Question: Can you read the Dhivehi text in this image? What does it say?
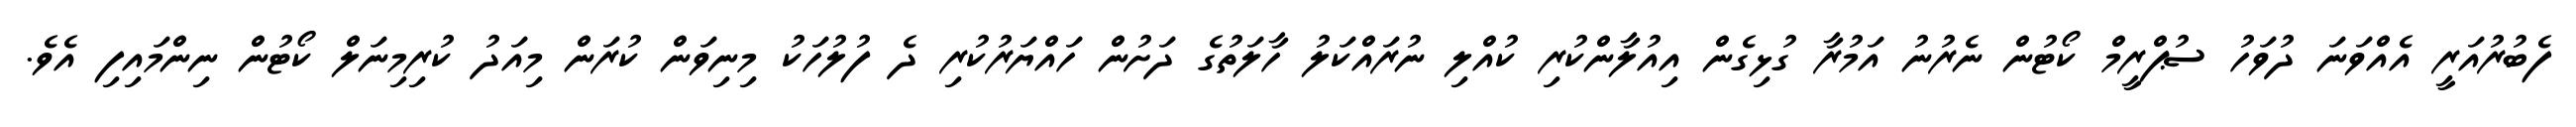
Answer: ފެބުރުއަރީ އެއްވަނަ ދުވަހު ސުޕްރީމް ކޯޓުން ނެރުނު އަމުރާ ގުޅިގެން އިއުލާންކުރި ކުއްލި ނުރައްކަލު ހާލަތުގެ ދަށުން ހައްޔަރުކުރި ދެ ފުލުހަކު މިނިވަން ކުރަން މިއަދު ކުރިމިނަލް ކޯޓުން ނިންމައިފި އެވެ.